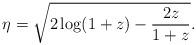
LaTeX: \begin{align*}\eta=\sqrt{2\log(1+z)-\frac{2z}{1+z}}.\end{align*}